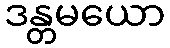
ဒန္တမယော